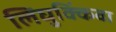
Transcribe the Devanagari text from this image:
लिघुक्किंवा